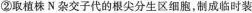
②取植株N杂交子代的根尖分生区细胞，制成临时装